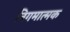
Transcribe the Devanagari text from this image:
निगमात्मक